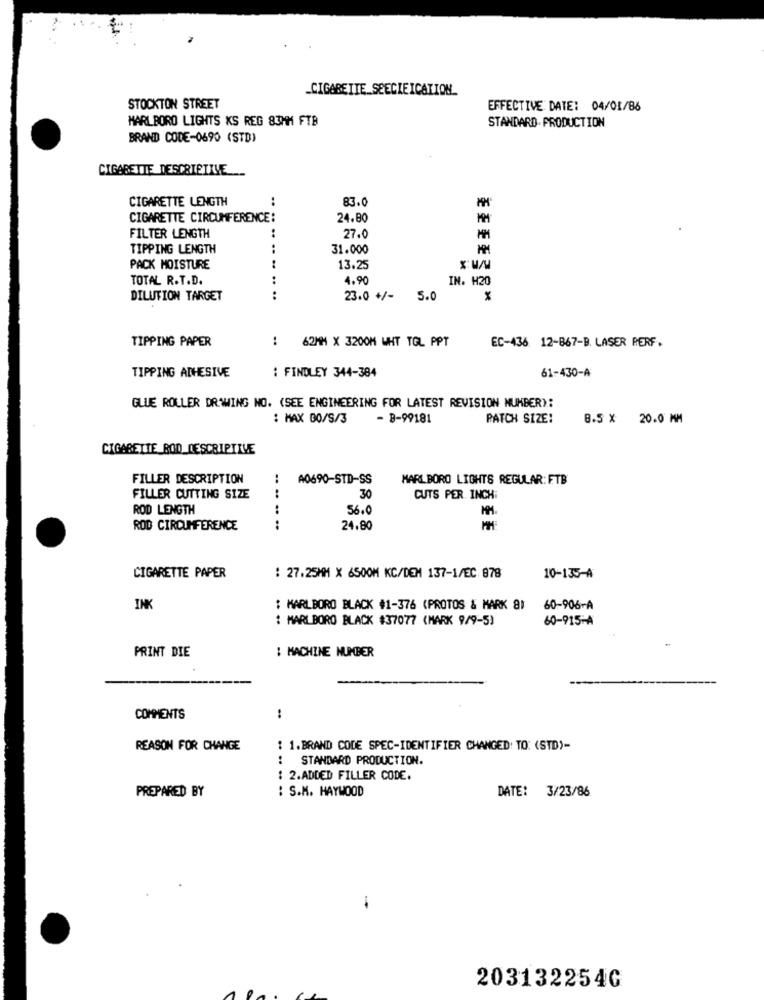
_CIGARETTE SEECIEICATION_
STOCKTON STREET
EFFECTIVE DATE: 04/01/86
MARLBORO LIGHTS KS REG 83MM FTB
STANDARD. PRODUCTION
BRAND CODE-0690 (STD)
CIGARETTE DESCRIPTIVE
CIGARETTE LENGTH
83.0
CIGARETTE CIRCUMFERENCE:
24.80
FILTER LENGTH
27.0
TIPPING LENGTH
31.000
PACK MOISTURE
.. .. .. .. ..
13.25
TOTAL R.T.D.
4.90
IN. H20
EFFE3&'
DILUTION TARGET
.. ..
23.0 +/-
5.0
TIPPING PAPER
62MM X 3200M WHT TGL PPT
EC-436 12-867-B. LASER PERF.
TIPPING ADHESIVE
: FINDLEY 344-384
61-430-A
GLUE ROLLER DRAWING NO. (SEE ENGINEERING FOR LATEST REVISION NUMBER):
: MAX BO/S/3
- B-99181
PATCH SIZE:
8.5 × 20.0 MM
CIGARETTE ROD_DESCRIPTIVE
FILLER DESCRIPTION
A0690-STD-SS
MARLBORO LIGHTS REGULAR: FTB
FILLER CUTTING SIZE
30
CUTS PER INCH:
ROD LENGTH
56.0
ROD CIRCUMFERENCE
..
24.80
CIGARETTE PAPER
: 27.25MM X 6500M KC/DEM 137-1/EC. 878
10-135-A
INK
: MARLBORO BLACK #1-376 (PROTOS & MARK 8)
60-906-A
: MARLBORO BLACK #37077 (MARK 9/9-5)
60-915-A
PRINT DIE
: MACHINE NUMBER
COMMENTS
:
REASON FOR CHANGE
: 1.BRAND CODE SPEC-IDENTIFIER CHANGED: TO: (STD)-
: STANDARD PRODUCTION.
: 2.ADDED FILLER CODE.
: S.M. HAYWOOD
DATE: 3/23/86
PREPARED BY
2031322540